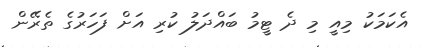
އެކަމަކު މިއީ މި ދެ ޓީމު ބައްދަލު ކުރި އަށް ފަހަރުގެ ތެރޭން